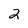
Character: 2